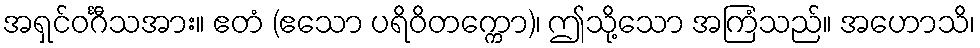
အရှင်ဝင်္ဂီသအား။ ဧတံ (ဧသော ပရိဝိတက္ကော)၊ ဤသို့သော အကြံသည်။ အဟောသိ၊